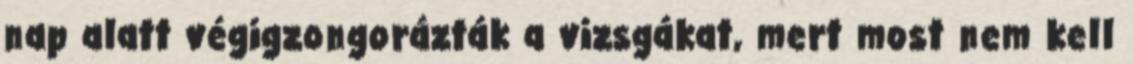
nap alatt végigzongorázták a vizsgákat, mert most nem kell